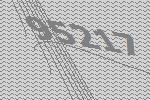
95217